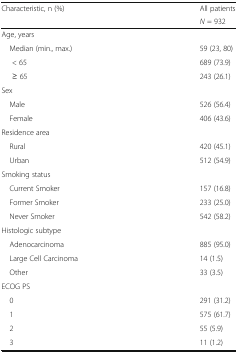
<table><thead><tr><td rowspan="2"><b>Characteristic, n (%)</b></td><td><b>All patients</b></td></tr><tr><td><b><i>N</i> = 932</b></td></tr></thead><tbody><tr><td colspan="2">Age, years</td></tr><tr><td> Median (min., max.)</td><td>59 (23, 80)</td></tr><tr><td>&lt; 65</td><td>689 (73.9)</td></tr><tr><td>≥ 65</td><td>243 (26.1)</td></tr><tr><td colspan="2">Sex</td></tr><tr><td> Male</td><td>526 (56.4)</td></tr><tr><td> Female</td><td>406 (43.6)</td></tr><tr><td colspan="2">Residence area</td></tr><tr><td> Rural</td><td>420 (45.1)</td></tr><tr><td> Urban</td><td>512 (54.9)</td></tr><tr><td colspan="2">Smoking status</td></tr><tr><td> Current Smoker</td><td>157 (16.8)</td></tr><tr><td> Former Smoker</td><td>233 (25.0)</td></tr><tr><td> Never Smoker</td><td>542 (58.2)</td></tr><tr><td colspan="2">Histologic subtype</td></tr><tr><td> Adenocarcinoma</td><td>885 (95.0)</td></tr><tr><td> Large Cell Carcinoma</td><td>14 (1.5)</td></tr><tr><td> Other</td><td>33 (3.5)</td></tr><tr><td colspan="2">ECOG PS</td></tr><tr><td> 0</td><td>291 (31.2)</td></tr><tr><td> 1</td><td>575 (61.7)</td></tr><tr><td> 2</td><td>55 (5.9)</td></tr><tr><td> 3</td><td>11 (1.2)</td></tr></tbody></table>